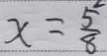
x = \frac { 5 } { 8 }